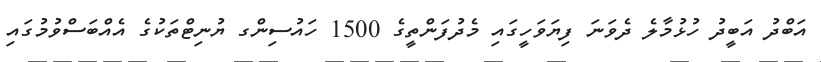
އަބްދު އަބީދު ހުޅުމާލެ ދެވަަނަ ފިޔަވަހީގައި މެދުފަންތީގެ 1500 ހައުސިންގ ޔުނިޓްތަކުގެ އެއްބަސްވުމުގައި